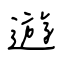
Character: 遊